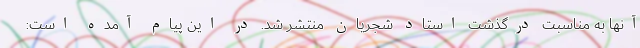
آنها به مناسبت درگذشت استاد شجریان منتشر شد. در این پیام آمده ‌است: